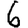
Digit: 6